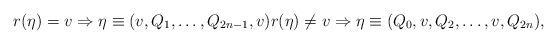
LaTeX: \begin{align*}r(\eta) = v \Rightarrow \eta \equiv (v, Q_1, \ldots, Q_{2n-1}, v) r(\eta) \not= v \Rightarrow \eta \equiv (Q_0, v, Q_2, \ldots, v, Q_{2n}),\end{align*}